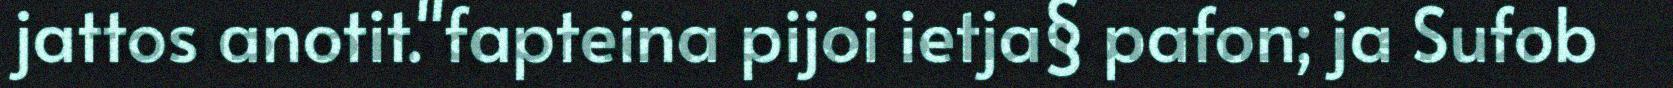
jattos anotit."fapteina pijoi ietja§ pafon; ja Sufob